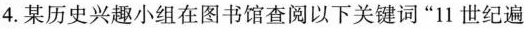
4.某历史兴趣小组在图书馆查阅以下关键词”11世纪遍